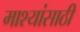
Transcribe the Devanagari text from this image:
माश्यांसाठी